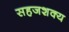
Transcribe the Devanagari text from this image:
सहजशक्‍य